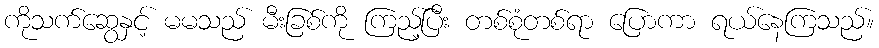
ကိုသက်ဆွေနှင့် မမသည် မီးခြစ်ကို ကြည့်ပြီး တစ်စုံတစ်ရာ ပြောကာ ရယ်နေကြသည်။